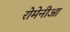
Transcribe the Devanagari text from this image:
रोमेनीआ